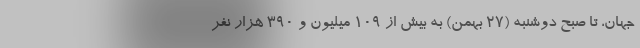
جهان، تا صبح دوشنبه (۲۷ بهمن) به بیش از ۱۰۹ میلیون و ۳۹۰ هزار نفر